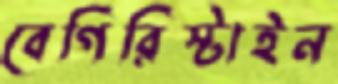
বেগিরিস্টাইন